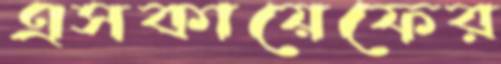
এসকায়েফের